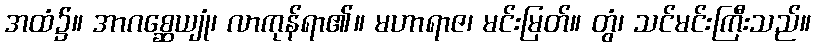
အထံ၌။ အာဂစ္ဆေယျုံ၊ လာကုန်ရာ၏။ မဟာရာဇ၊ မင်းမြတ်။ တွံ၊ သင်မင်းကြီးသည်။